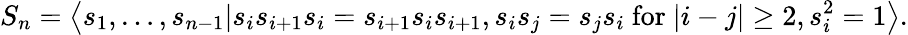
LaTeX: S_{n}=\left\langle s_{1},\ldots,s_{n-1}|s_{i}s_{i+1}s_{i}=s_{i+1}s_{i}s_{i+1},s_{i}s_{j}=s_{j}s_{i}{\mathrm{~for~}}|i-j|\geq 2,s_{i}^{2}=1\right\rangle.